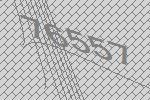
76557